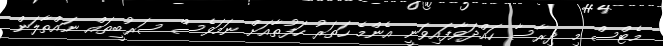
މެޓްސް މި ދިރާސާ ހައްދަވާފައިވަނީ އެންމެ ހަތަރު ހަފުތާއަށް ނަމަވެސް ސަރުބީތައް ނައްތާލަން